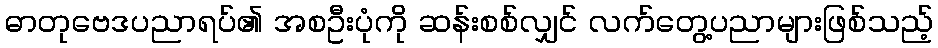
ဓာတုဗေဒပညာရပ်၏ အစဦးပုံကို ဆန်းစစ်လျှင် လက်တွေ့ပညာများဖြစ်သည့်